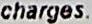
CHARGES.